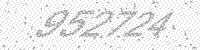
Solution: 952724